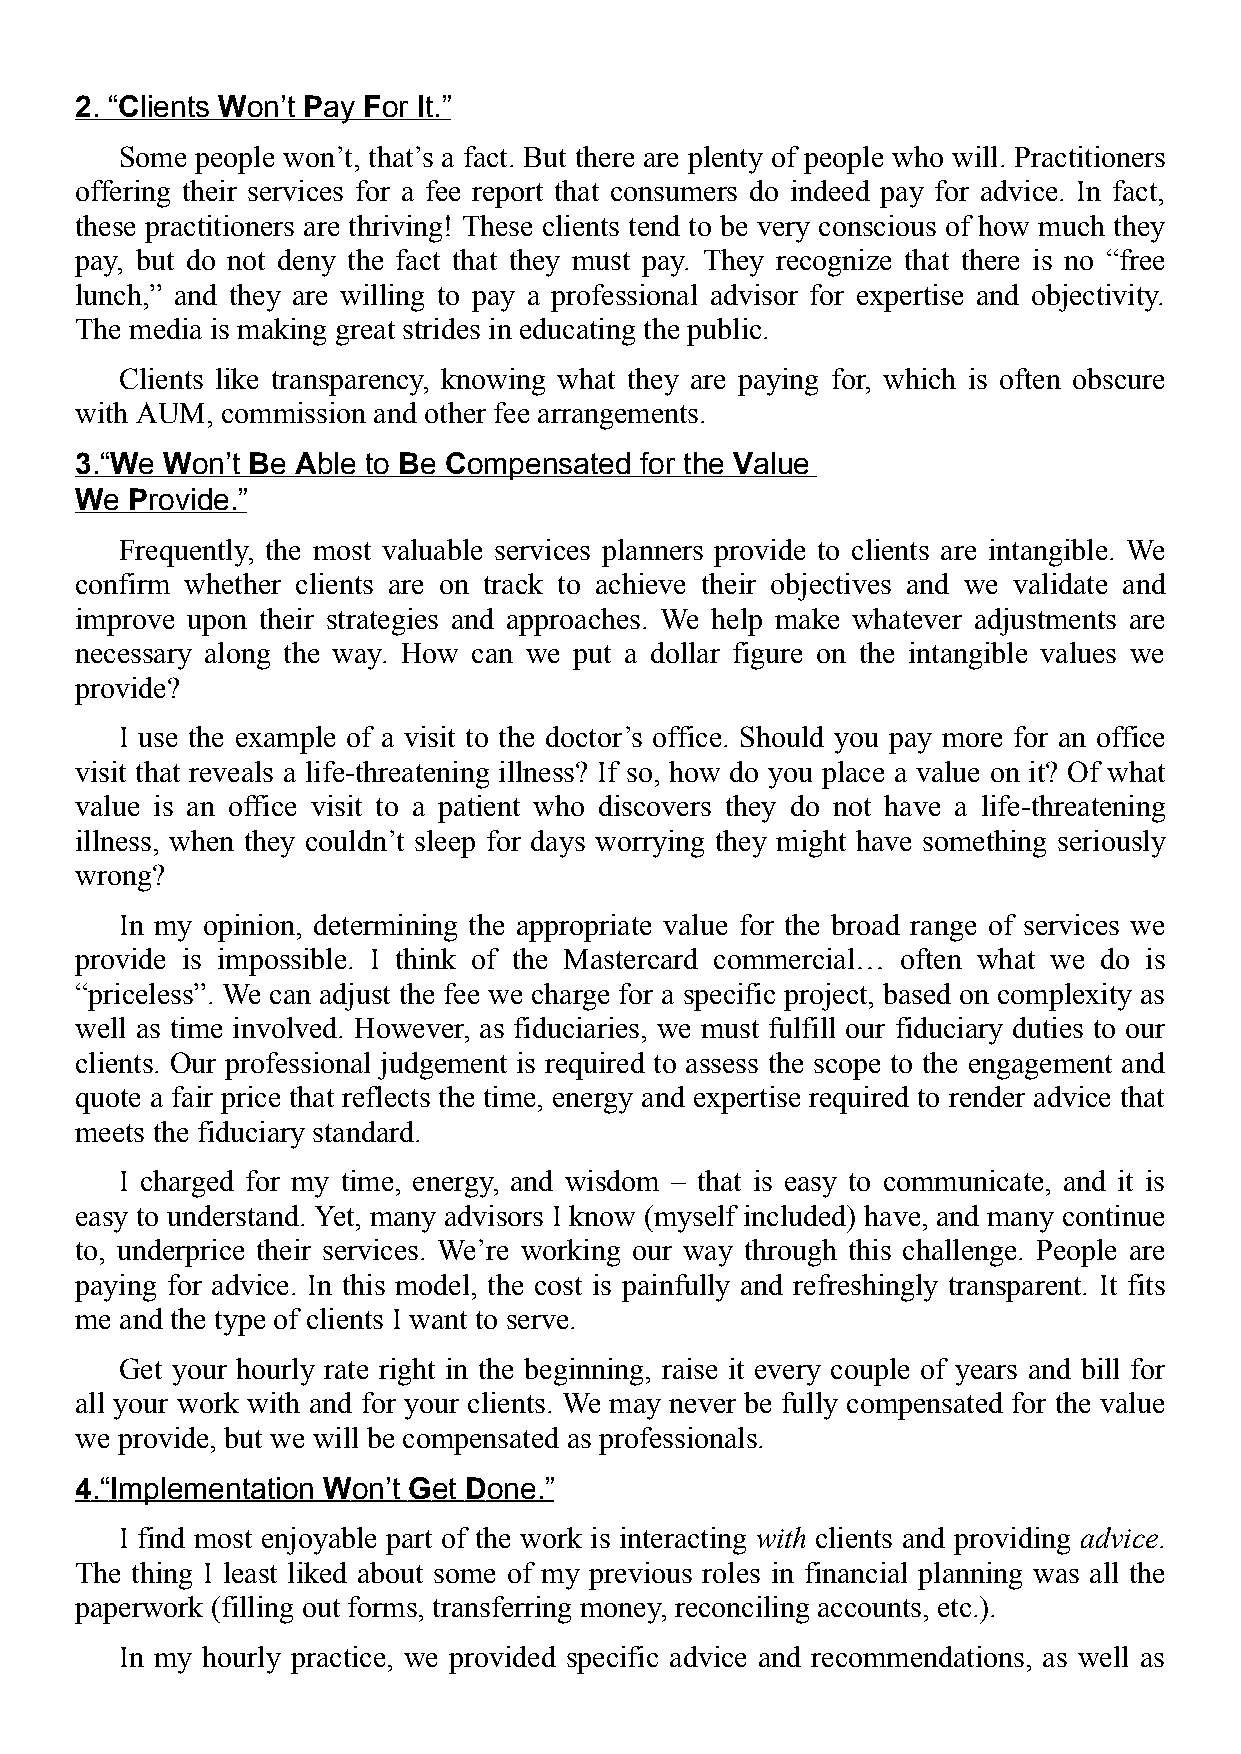
2. “Clients Won’t Pay For It.”
 Some people won’t, that’s a fact. But there are plenty of people who will. Practitioners
 offering their services for a fee report that consumers do indeed pay for advice. In fact,
 these practitioners are thriving! These clients tend to be very conscious of how much they
 pay, but do not deny the fact that they must pay. They recognize that there is no “free
 lunch,” and they are willing to pay a professional advisor for expertise and objectivity.
 The media is making great strides in educating the public.
 Clients like transparency, knowing what they are paying for, which is often obscure
 with AUM, commission and other fee arrangements.
 3.“We Won’t Be Able to Be Compensated for the Value
 We Provide.”
 Frequently, the most valuable services planners provide to clients are intangible. We
 confirm whether clients are on track to achieve their objectives and we validate and
 improve upon their strategies and approaches. We help make whatever adjustments are
 necessary along the way. How can we put a dollar figure on the intangible values we
 provide?
 I use the example of a visit to the doctor’s office. Should you pay more for an office
 visit that reveals a life-threatening illness? If so, how do you place a value on it? Of what
 value is an office visit to a patient who discovers they do not have a life-threatening
 illness, when they couldn’t sleep for days worrying they might have something seriously
 wrong?
 In my opinion, determining the appropriate value for the broad range of services we
 provide is impossible. I think of the Mastercard commercial… often what we do is
 “priceless”. We can adjust the fee we charge for a specific project, based on complexity as
 well as time involved. However, as fiduciaries, we must fulfill our fiduciary duties to our
 clients. Our professional judgement is required to assess the scope to the engagement and
 quote a fair price that reflects the time, energy and expertise required to render advice that
 meets the fiduciary standard.
 I charged for my time, energy, and wisdom – that is easy to communicate, and it is
 easy to understand. Yet, many advisors I know (myself included) have, and many continue
 to, underprice their services. We’re working our way through this challenge. People are
 paying for advice. In this model, the cost is painfully and refreshingly transparent. It fits
 me and the type of clients I want to serve.
 Get your hourly rate right in the beginning, raise it every couple of years and bill for
 all your work with and for your clients. We may never be fully compensated for the value
 we provide, but we will be compensated as professionals.
 4.“Implementation Won’t Get Done.”
 I find most enjoyable part of the work is interacting with clients and providing advice.
 The thing I least liked about some of my previous roles in financial planning was all the
 paperwork (filling out forms, transferring money, reconciling accounts, etc.).
 In my hourly practice, we provided specific advice and recommendations, as well as